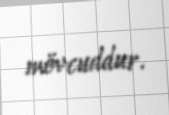
mövcuddur.